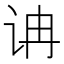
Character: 𰵘